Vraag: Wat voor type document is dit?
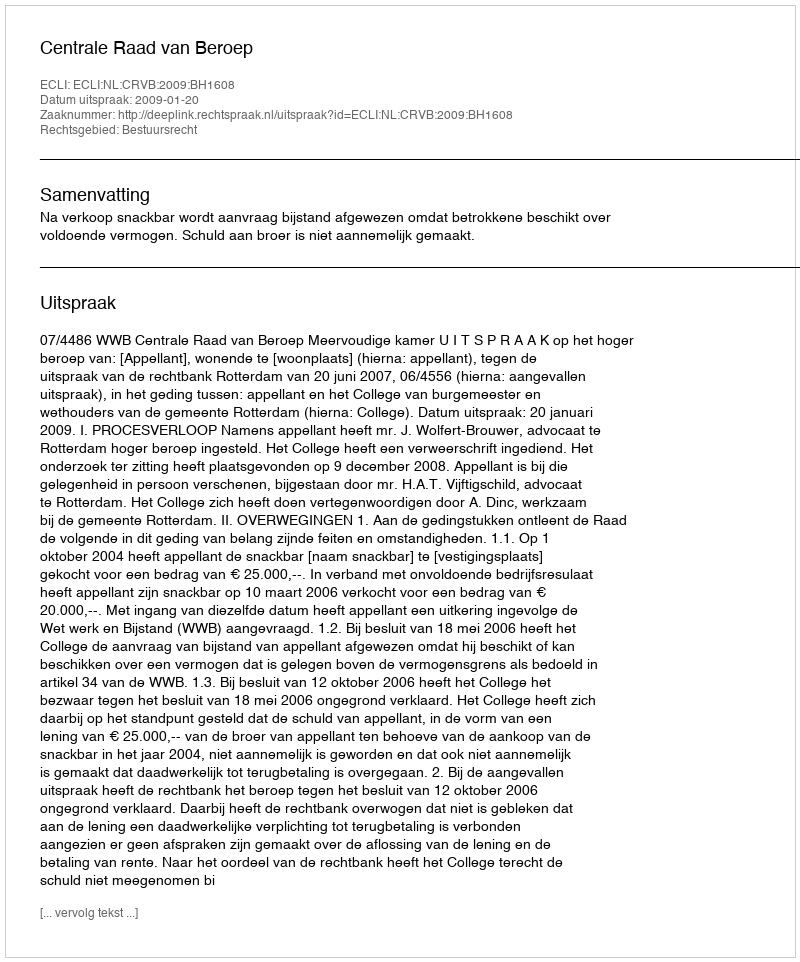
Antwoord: Uitspraak